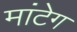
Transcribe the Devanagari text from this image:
मांटेग